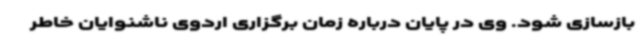
بازسازی شود. وی در پایان درباره زمان برگزاری اردوی ناشنوایان خاطر